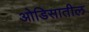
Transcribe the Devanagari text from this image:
ओडिसातील